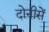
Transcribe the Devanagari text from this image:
दोनीसें